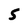
Character: 5